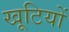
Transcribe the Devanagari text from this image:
खूटियों